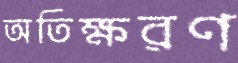
অতিক্ষরণ